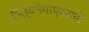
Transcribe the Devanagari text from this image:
नित्यनेमाप्रमाणे